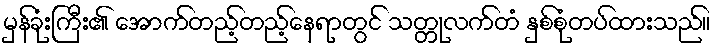
မှန်ခုံးကြီး၏ အောက်တည့်တည့်နေရာတွင် သတ္တုလက်တံ နှစ်စုံတပ်ထားသည်။